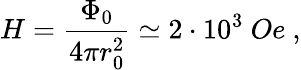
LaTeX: H=\frac{\Phi_{0}}{4\pi r_{0}^{2}}\simeq 2\cdot 10^{3}~Oe~,